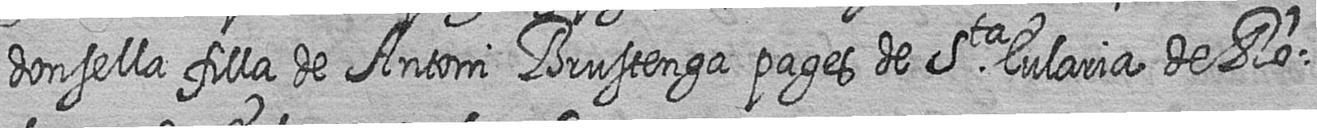
donsella filla de Antoni Brustenga pages de Sta Eularia de Ro=